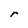
Character: r